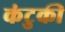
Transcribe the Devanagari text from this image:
कंटुकी